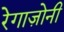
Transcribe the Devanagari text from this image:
रेगाज़ोनी